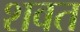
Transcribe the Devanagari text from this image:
शवत